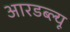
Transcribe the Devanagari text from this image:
आरडब्ल्यू